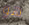
هو